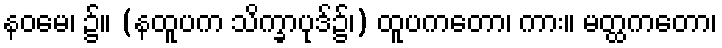
နဝမေ၊ ၌။ (နထူပက သိက္ခာပုဒ်၌၊) ထူပကတော၊ ကား။ မတ္ထကတော၊